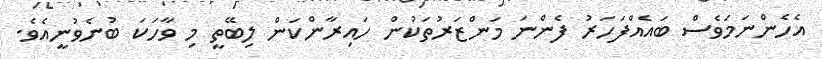
އެހެންނަމަވެސް ބައެއްފަހަރު ފެންނަ މަންޒަރުތަކުން ހައިރާންކަން ލިބޭތީ މި ވާހަކަ ބުނެވުނީއެވެ.